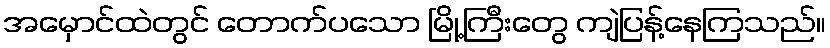
အမှောင်ထဲတွင် တောက်ပသော မြို့ကြီးတွေ ကျဲပြန့်နေကြသည်။